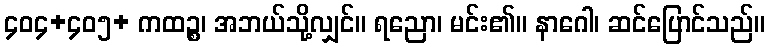
၄၀၄+၄၀၅+ ကထဉ္စ၊ အဘယ်သို့လျှင်။ ရညော၊ မင်း၏။ နာဂေါ၊ ဆင်ပြောင်သည်။